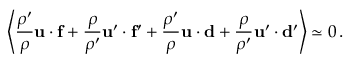
\left\langle { \frac { \rho ^ { \prime } } { \rho } } { \bf u } \cdot { \bf f } + { \frac { \rho } { \rho ^ { \prime } } } { \bf u } ^ { \prime } \cdot { \bf f ^ { \prime } } + { \frac { \rho ^ { \prime } } { \rho } } { \bf u } \cdot { \bf d } + { \frac { \rho } { \rho ^ { \prime } } } { \bf u } ^ { \prime } \cdot { \bf d ^ { \prime } } \right\rangle \simeq 0 \, .